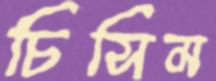
চিসিম